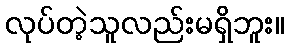
လုပ်တဲ့သူလည်းမရှိဘူး။